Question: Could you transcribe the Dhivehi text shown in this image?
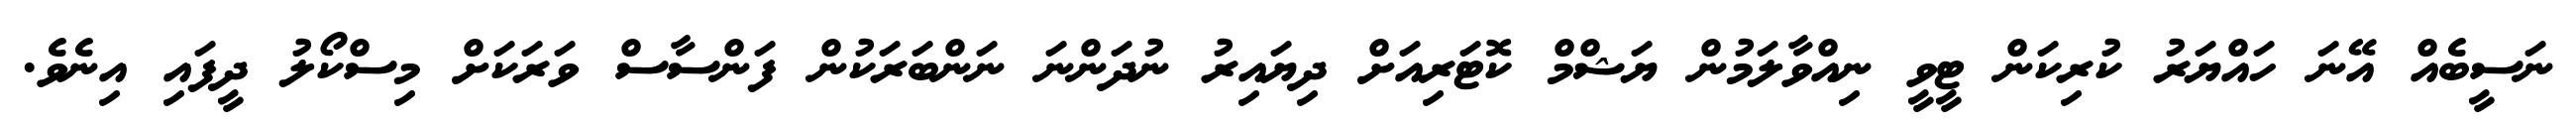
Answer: ނަސީބެއް އޭނަ ހައްޔަރު ކުރިކަން ޓީވީ ނިއްވާލަމުން ޔަޝްމް ކޮޓަރިއަށް ދިޔައިރު ނުދަންނަ ނަންބަރަކުން ފަންސާސް ވަރަކަށް މިސްކޯލު ދީފައި އިނެވެ.